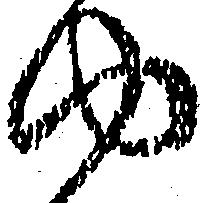
ゆ